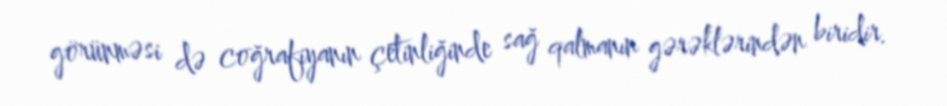
görünməsi də coğrafiyanın çetinliğinde sağ qalmanın gərəklərindən biridir.